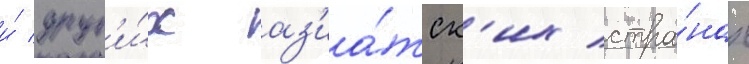
и́ друг'и́х аз'иа́тск'их стра́нах